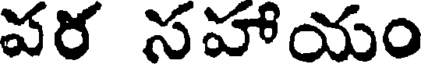
పర సహాయం